Lunatic asylums Central Provinces reports 1874-1885 - 1874-1885
Year: 1874
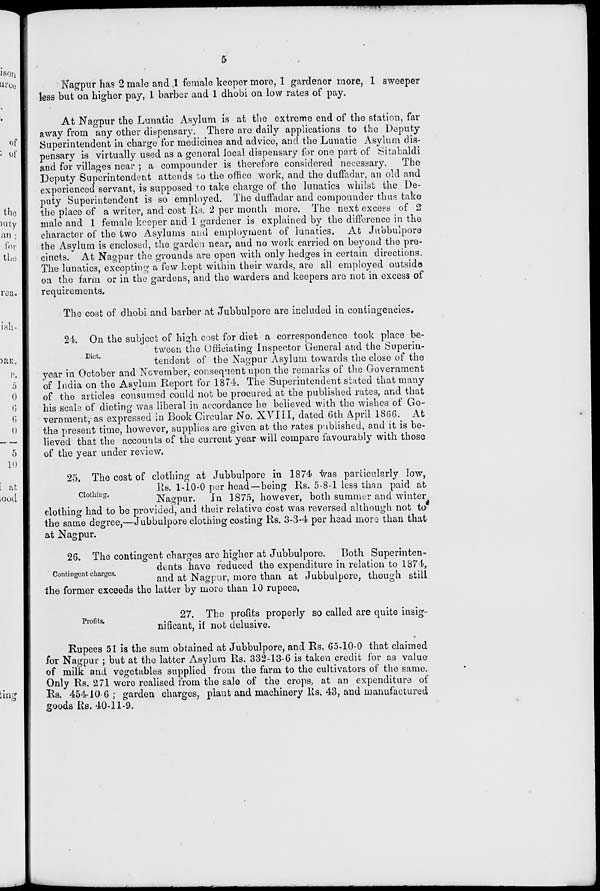
5
Nagpur has 2 male and 1 female keeper more, 1 gardener more, 1 sweeper
less but on higher pay, 1 barber and 1 dhobi on low rates of pay.
At Nagpur the Lunatic Asylum is at the extreme end of the station, far
away from any other dispensary. There are daily applications to the Deputy
Superintendent in charge for medicines and advice, and the Lunatic Asylum dis-
pensary is virtually used as a general local dispensary for one part of Sitabaldi
and for villages near ; a compounder is therefore considered necessary.
The
Deputy Superintendent attends to the office work, and the duffadar, an old and
experienced servant, is supposed to take charge of the lunatics whilst the De-
puty Superintendent is so employed. The duffadar and compounder thus take
the place of a writer, and cost Rs. 2 per month more. The next excees of 2
male and 1 female keeper and 1 gardener is explained by the difference in the
character of the two Asylums and employment of lunatics. At Jubbulpore
the Asylum is enclosed, the garden near, and no work carried on beyond the pre-
cincts. At Nagpur the grounds are open with only hedges in certain directions.
The lunatics, excepting a few kept within their wards, are all employed outside
on the farm or in the gardens, and the warders and keepers are not in excess of
requirements.
The cost of dhobi and barber at Jubbulpore are included in contingencies.
Diet.
24. On the subject of high cost for diet a correspondence took place be-
tween the Officiating Inspector General and the Superin-
tendent of the Nagpur Asylum towards the close of the
year in October and November, consequent upon the remarks of the Government
of India on the Asylum Report for 1874. The Superintendent stated that many
of the articles consumed could not be procured at the published rates, and that
his scale of dieting was liberal in accordance he believed with the wishes of Go-
vernment, as expressed in Book Circular No. XVIII, dated 6th April 1866. At
the present time, however, supplies are given at the rates published, and it is be-
lieved that the accounts of the current year will compare favourably with those
of the year under review.
Clothing.
25. The cost of clothing at Jubbulpore in 1874 was particularly low,
Rs. 1-10-0 per head—being Rs. 5-8-1 less than paid at-
Nagpur.
In 1875, however, both summer and winter
clothing had to be provided, and their relative cost was reversed although not to
the same degree,—Jubbulpore clothing costing Rs. 3-3-4 per head more than that
at Nagpur.
Contingent charges.
26. The contingent charges are higher at Jubbulpore.
Both Superinten-
dents have reduced the expenditure in relation to 1874,
and at Nagpur, more than at Jubbulpore, though still
the former exceeds the latter by more than 10 rupees,
Profits.
27. The profits properly so called are quite insig-
nificant, if not delusive.
Rupees 51 is the sum obtained at Jubbulpore, and Rs. 65-10-0 that claimed
for Nagpur ; but at the latter Asylum Rs. 332-13-6 is taken credit for as value
of milk and vegetables supplied from the farm to the cultivators of the same.
Only Rs. 271 were realised from the sale of the crops, at an expenditure of
Rs. 454-10-6 ; garden charges, plant and machinery Rs. 43, and manufactured
goods Rs. 40-11-9.